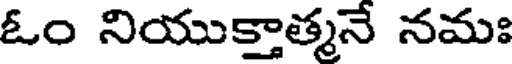
ఓం నియుక్తాత్మనే నమః